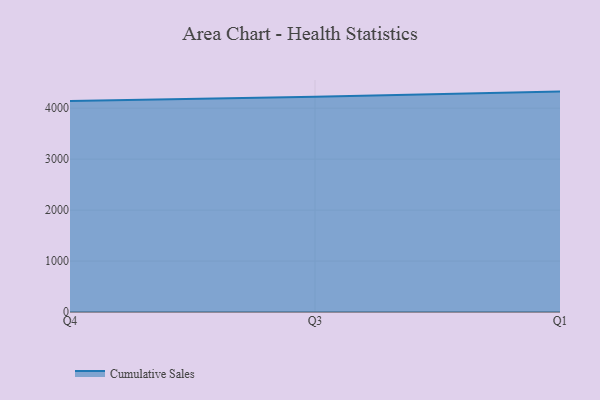
{"axis": {"x": "Quarter", "y": "Market Share (%)"}, "legend": ["Cumulative Sales"], "data": [{"x": "Q4", "y": 4140.6, "type": "Cumulative Sales"}, {"x": "Q3", "y": 4224.5, "type": "Cumulative Sales"}, {"x": "Q1", "y": 4326.1, "type": "Cumulative Sales"}]}